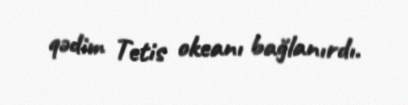
qədim Tetis okeanı bağlanırdı.